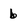
Character: 6